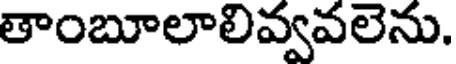
తాంబూలాలివ్వవలెను.